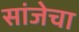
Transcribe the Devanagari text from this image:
सांजेचा